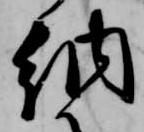
納